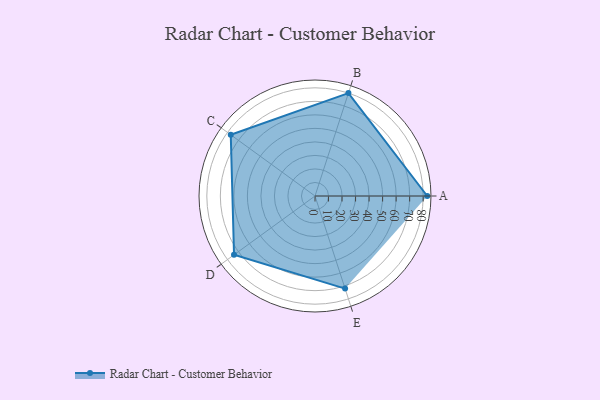
{"axis": {"x": "Skill", "y": "Score"}, "legend": ["Profile"], "data": [{"x": "A", "y": 83.0, "type": "Profile"}, {"x": "B", "y": 80.0, "type": "Profile"}, {"x": "C", "y": 77.0, "type": "Profile"}, {"x": "D", "y": 74.0, "type": "Profile"}, {"x": "E", "y": 72.0, "type": "Profile"}]}